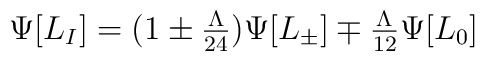
\Psi[L_I]=(1\pm {\textstyle {\Lambda \over 24}}) \Psi[L_\pm] \mp {\textstyle{\Lambda \over 12}}\Psi[L_0]